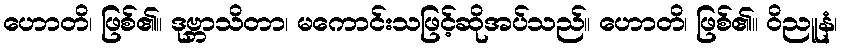
ဟောတိ၊ ဖြစ်၏။ ဒုဗ္ဘာသိတာ၊ မကောင်းသဖြင့်ဆိုအပ်သည်။ ဟောတိ၊ ဖြစ်၏။ ဝိညူနံ၊